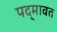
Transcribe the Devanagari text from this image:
पद्‍मावत